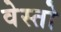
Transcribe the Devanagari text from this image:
वेस्तो